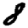
Digit: 8